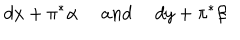
LaTeX: d x + \pi ^ { \ast } \alpha ~ \quad a n d ~ \quad d y + \pi ^ { \ast } \beta